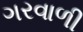
ગરવાળી